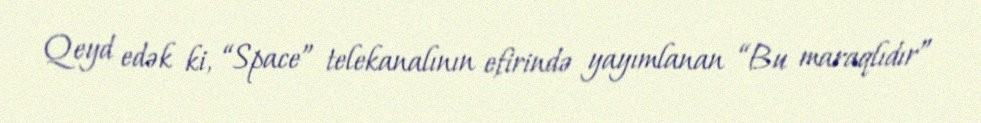
Qeyd edək ki, “Space” telekanalının efirində yayımlanan “Bu maraqlıdır”